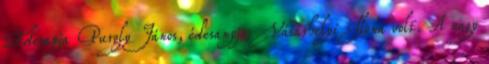
Édesapja Purgly János, édesanyja Vásárhelyi Ilona volt. A nagy